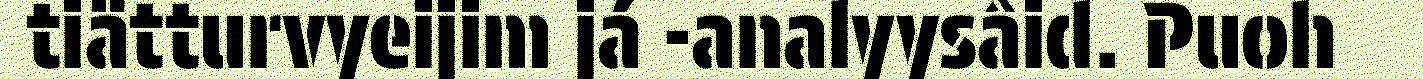
tiätturvyeijim já -analyysâid. Puoh